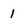
Character: 1